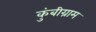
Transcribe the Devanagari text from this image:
कुंबीग्राम